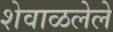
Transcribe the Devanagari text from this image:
शेवाळलेले